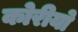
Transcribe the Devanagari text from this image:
कोरीयो